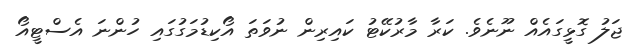
ޖަލު ގޮޅީގައެއް ނޫނެވެ. ކަރާ މާރުކޭޓު ކައިރިން ނުވަތަ އޯކިޑުމަގުގައި ހުންނަ އެސްޓީއޯ